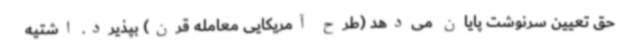
حق تعیین سرنوشت پایان می‌دهد (طرح آمریکایی معامله قرن) بپذیرد. اشتیه